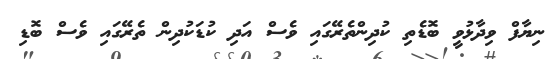
ނިޔާފް ވިދާޅުވީ ބޮޑެތި ކުދިންތެރޭގައި ވެސް އަދި ކުޑަކުދިން ތެރޭގައި ވެސް ބޮޑި